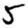
Digit: 5